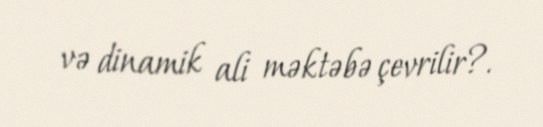
və dinamik ali məktəbə çevrilir?.